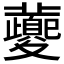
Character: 𡖂